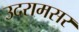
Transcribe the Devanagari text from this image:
उदरामसर